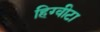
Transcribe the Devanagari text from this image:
हिग्वीटा